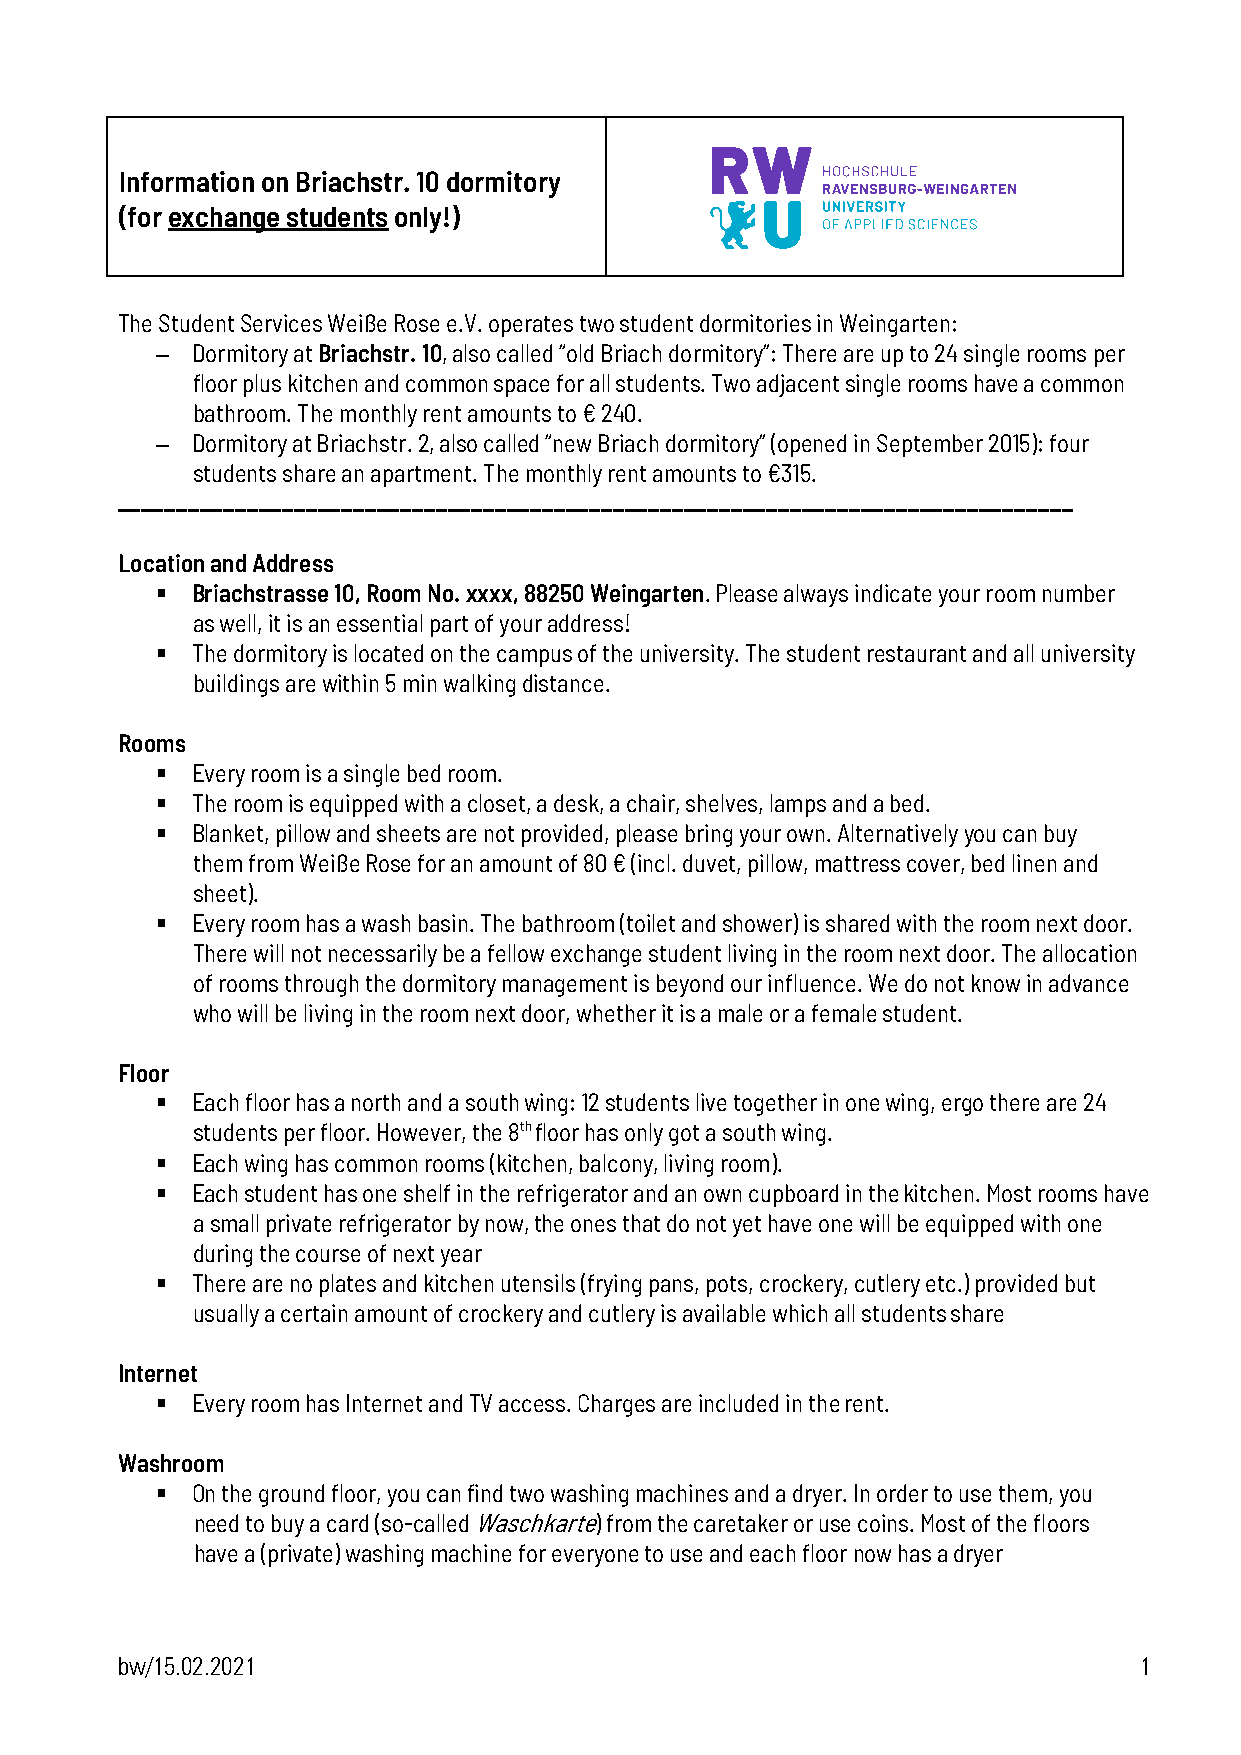
Information on Briachstr. 10 dormitory
 (for exchange students only!)
 The Student Services Weiße Rose e.V. operates two student dormitories in Weingarten:
 –  Dormitory at Briachstr. 10, also called “old Briach dormitory”: There are up to 24 single rooms per
 floor plus kitchen and common space for all students. Two adjacent single rooms have a common
 bathroom. The monthly rent amounts to € 240.
 –  Dormitory at Briachstr. 2, also called “new Briach dormitory” (opened in September 2015): four
 students share an apartment. The monthly rent amounts to €315.
 _________________________________________________________________________________
 Location and Address
   Briachstrasse 10, Room No. xxxx, 88250 Weingarten. Please always indicate your room number
 as well, it is an essential part of your address!
   The dormitory is located on the campus of the university. The student restaurant and all university
 buildings are within 5 min walking distance.
 Rooms
   Every room is a single bed room.
   The room is equipped with a closet, a desk, a chair, shelves, lamps and a bed.
   Blanket, pillow and sheets are not provided, please bring your own. Alternatively you can buy
 them from Weiße Rose for an amount of 80 € (incl. duvet, pillow, mattress cover, bed linen and
 sheet).
   Every room has a wash basin. The bathroom (toilet and shower) is shared with the room next door.
 There will not necessarily be a fellow exchange student living in the room next door. The allocation
 of rooms through the dormitory management is beyond our influence. We do not know in advance
 who will be living in the room next door, whether it is a male or a female student.
 Floor
   Each floor has a north and a south wing: 12 students live together in one wing, ergo there are 24
 students per floor. However, the 8th floor has only got a south wing.
   Each wing has common rooms (kitchen, balcony, living room).
   Each student has one shelf in the refrigerator and an own cupboard in the kitchen. Most rooms have
 a small private refrigerator by now, the ones that do not yet have one will be equipped with one
 during the course of next year
   There are no plates and kitchen utensils (frying pans, pots, crockery, cutlery etc.) provided but
 usually a certain amount of crockery and cutlery is available which all students share
 Internet
   Every room has Internet and TV access. Charges are included in the rent.
 Washroom
   On the ground floor, you can find two washing machines and a dryer. In order to use them, you
 need to buy a card (so-called Waschkarte) from the caretaker or use coins. Most of the floors
 have a (private) washing machine for everyone to use and each floor now has a dryer
 bw/15.02.2021                                                      1